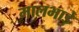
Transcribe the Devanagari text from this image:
मालभाड़े